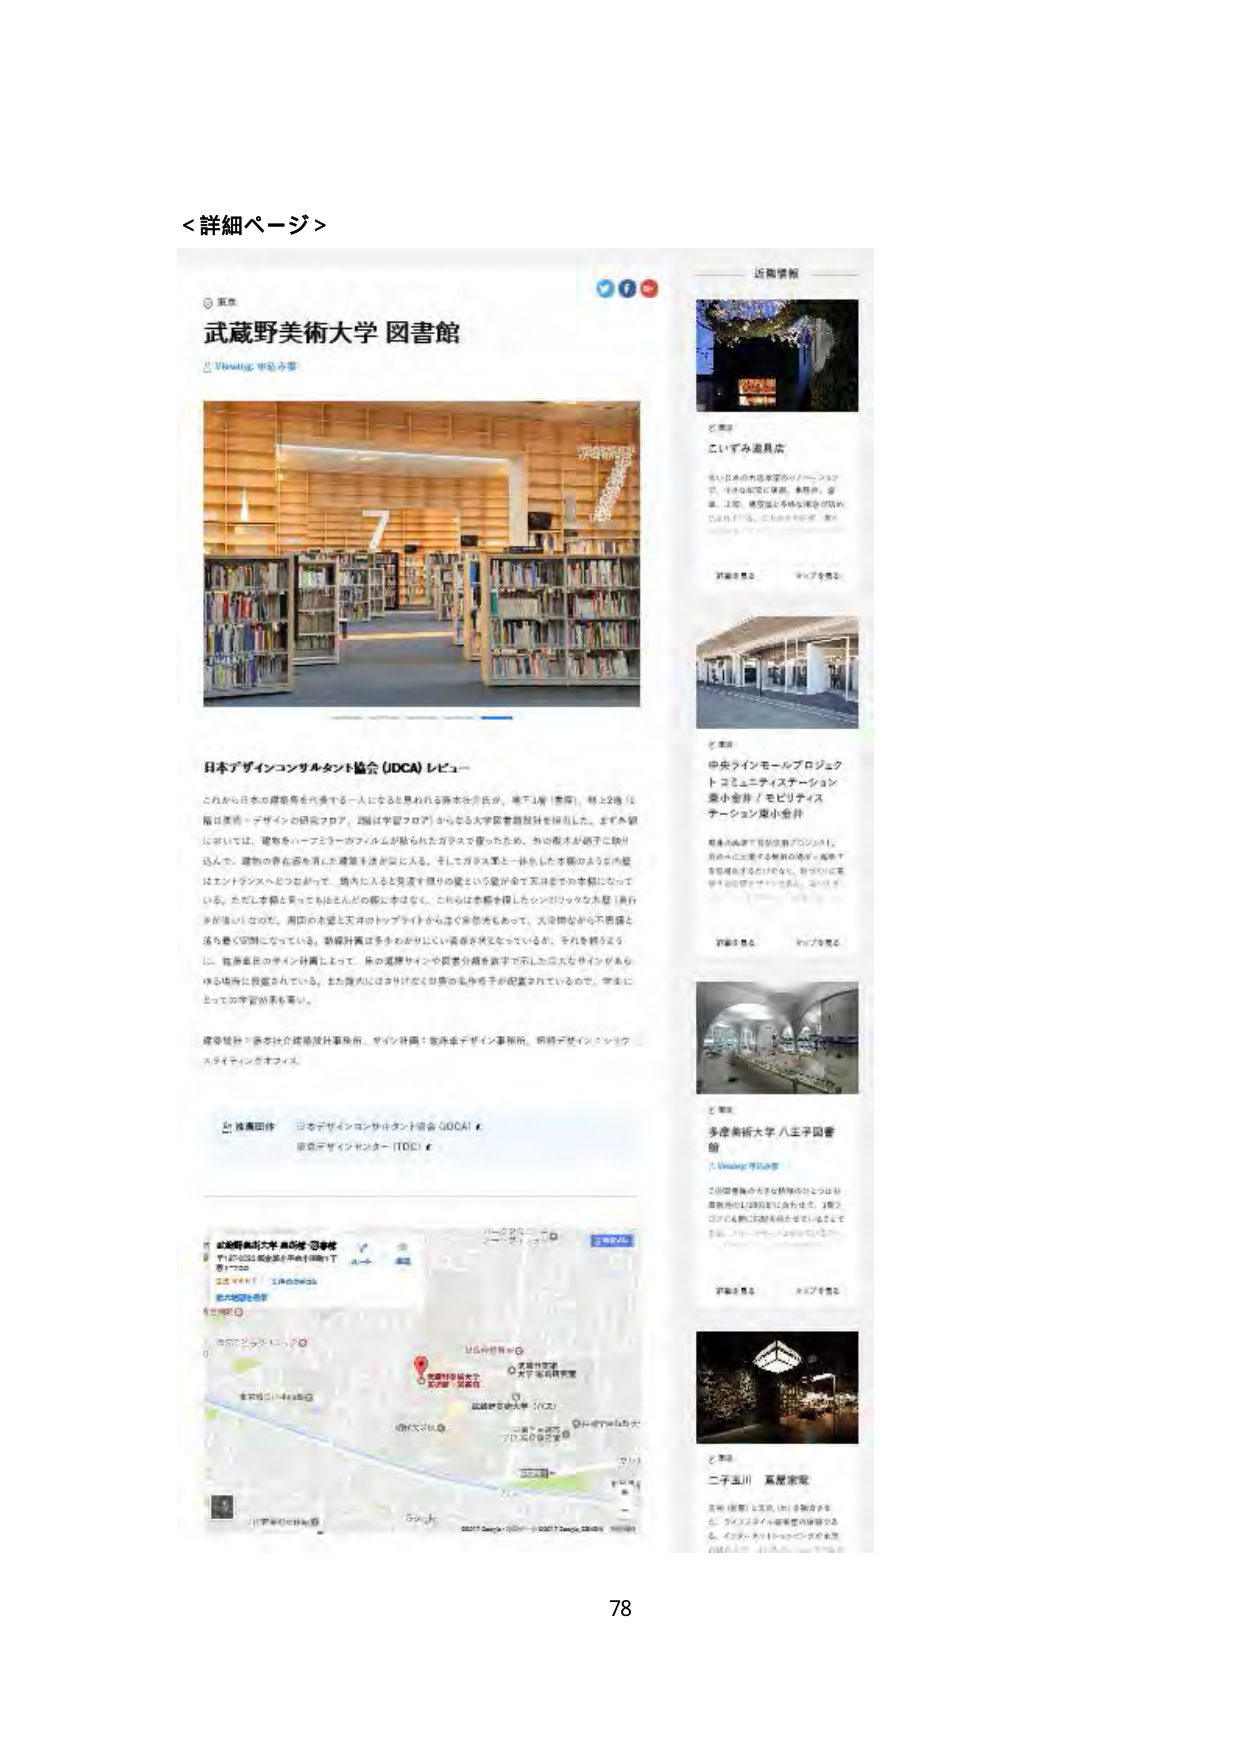
＜詳細ページ＞

武蔵野美術大学 図書館
Viewing 申込済み

日本デザインコンサルタント協会（JDCA）レビュー
これからの日本の建築界を代表する一人になると見られる藤本壮介氏が、地下1階（書庫）、地上2階（1階は美術・デザインの研究フロア、2階は学習フロア）からなる大学図書館設計を担当した。まず外観については、建物をハーフミラーファサードが貼られたガラスで覆ったため、外の樹木が鏡子に映り込んで、建物の存在感を消した建築手法が目に入る。そしてガラス面と一体化した木製のような内壁はエンブリオンへとつながって、境内に入るとき見渡す限りの庭という風が全て天井までの本棚になって いる。ただし本棚も真っ白なほとんどが棚に本はなく、これらは本棚を模したシンボリックな木製「奥行」 みが強い立派な。周囲の木造と天井のトップライトから這う自然光もあって、天井標高から不思議と 活力感じ空間になっている。動線計画は多々わかりにくい流線状状となっているが、それを補うよう に、館員主任のサイン計画によって、床の道路サインや図書分類を表す下向した巨大なサインがあら ゆる場所に配置されている。また館内にはさりげなく図書の名称を手が配置されているので、学生に とっての学習効果も高い。

建築設計：藤本壮介建築設計事務所、サイン計画：佐津卓デザイン事務所、照明デザイン：シング スデザインオフィス

検索団体 日本デザインコンサルタント協会（JDCA）▼
東京デザインセンター（TDC）▼

武蔵野美術大学 本部棟 図書館
〒187-0022 東京都小平市小川西町1丁目17-20
営業時間：10:00-20:00
武蔵野美術大学
地図

近隣情報

こいづみ遊具広
北い日本の木造建築のリノベーション で、小さな庭に草木、本格的、遊 具、工場、模型室と多様な用途が設け られている。こいづみ小学校（廃校）

詳細を見る マップを見る

中央ラインモールプロジェクト
トコエニティステーション
奥小金井 / モビリティス
テーション奥小金井
駅舎小金井で近郊鉄道プロジェクト。 駅のハーフミラーを解説の場所。鉄道下 を有効化するだけでなく、街づくりに貢 献する設計です。ここでは、コインパ…

詳細を見る マップを見る

多摩美術大学 八王子図書館
Viewing 申込済み
この図書館の大きな特徴のひとつは図 書館用の128台を12台も持つ、2階フ ロアに4階に図書を収容していること です。フロアの中央には2階の…

詳細を見る マップを見る

二子玉川 美星家屋
玉川（東京）に玉川（川）を配慮さ れ、ライフスタイルや家屋の体験であ る。インスタ・アートショップや美星 が設立した…

詳細を見る マップを見る

78